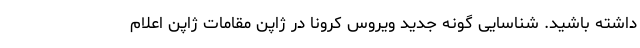
داشته باشید. شناسایی گونه جدید ویروس کرونا در ژاپن مقامات ژاپن اعلام